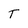
Character: t